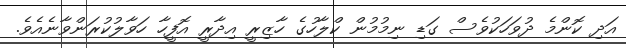
އަދި ކޮންމެ ދުވަހަކުވެސް ގަޑި ނިމުމުން ކްލާހުގެ ހާޒިރީ އިދާރީ އޮފީހާ ހަވާލުކުރަންވާނެއެވެ.